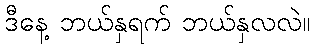
ဒီနေ့ ဘယ်နှရက် ဘယ်နှလလဲ။